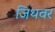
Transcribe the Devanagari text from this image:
जिथवर